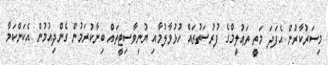
މިސަރުކާރުން އެފަދަ މަތީ ތަޢުލީމްގެ ފުރުސަތުތައް ހުޅުވާލުމާއި ޔުނިވާސިޓީތައް ބިނާކުރަމުން ގެންދިއުމުން އެކަންކަމާ